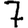
Digit: 7